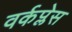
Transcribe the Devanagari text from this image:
वर्कप्लेस